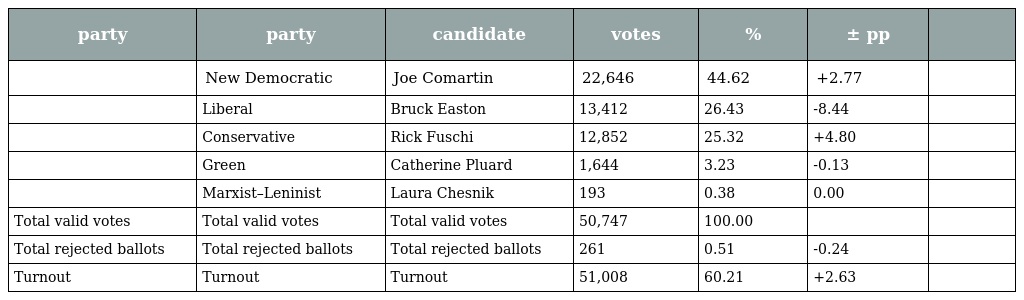
| party | party | candidate | votes | % | ± pp |  |
 | --- | --- | --- | --- | --- | --- | --- |
 |  | New Democratic | Joe Comartin | 22,646 | 44.62 | +2.77 |  |
 |  | Liberal | Bruck Easton | 13,412 | 26.43 | -8.44 |  |
 |  | Conservative | Rick Fuschi | 12,852 | 25.32 | +4.80 |  |
 |  | Green | Catherine Pluard | 1,644 | 3.23 | -0.13 |  |
 |  | Marxist–Leninist | Laura Chesnik | 193 | 0.38 | 0.00 |  |
 | Total valid votes | Total valid votes | Total valid votes | 50,747 | 100.00 |  |  |
 | Total rejected ballots | Total rejected ballots | Total rejected ballots | 261 | 0.51 | -0.24 |  |
 | Turnout | Turnout | Turnout | 51,008 | 60.21 | +2.63 |  |